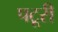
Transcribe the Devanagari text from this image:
पटूरी